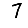
Digit: 7